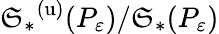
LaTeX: {\mathfrak{S}_{*}}^{(\mathrm{{u}})}(P_{\varepsilon})/\mathfrak{S}_{*}(P_{\varepsilon})